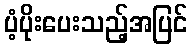
ပံ့ပိုးပေးသည့်အပြင်